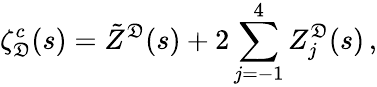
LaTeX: \zeta_{\mathfrak{D}}^{c}(s)=\tilde{{Z}}^{\mathfrak{D}}(s)+2\sum_{j=-1}^{4}Z_{j}^{\mathfrak{D}}(s)\, {,}